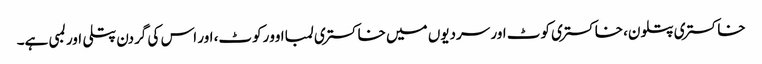
خاکستری پتلون، خاکستری کوٹ اور سردیوں میں خاکستری لمبا اوورکوٹ، اور اس کی گردن پتلی اور لمبی ہے۔